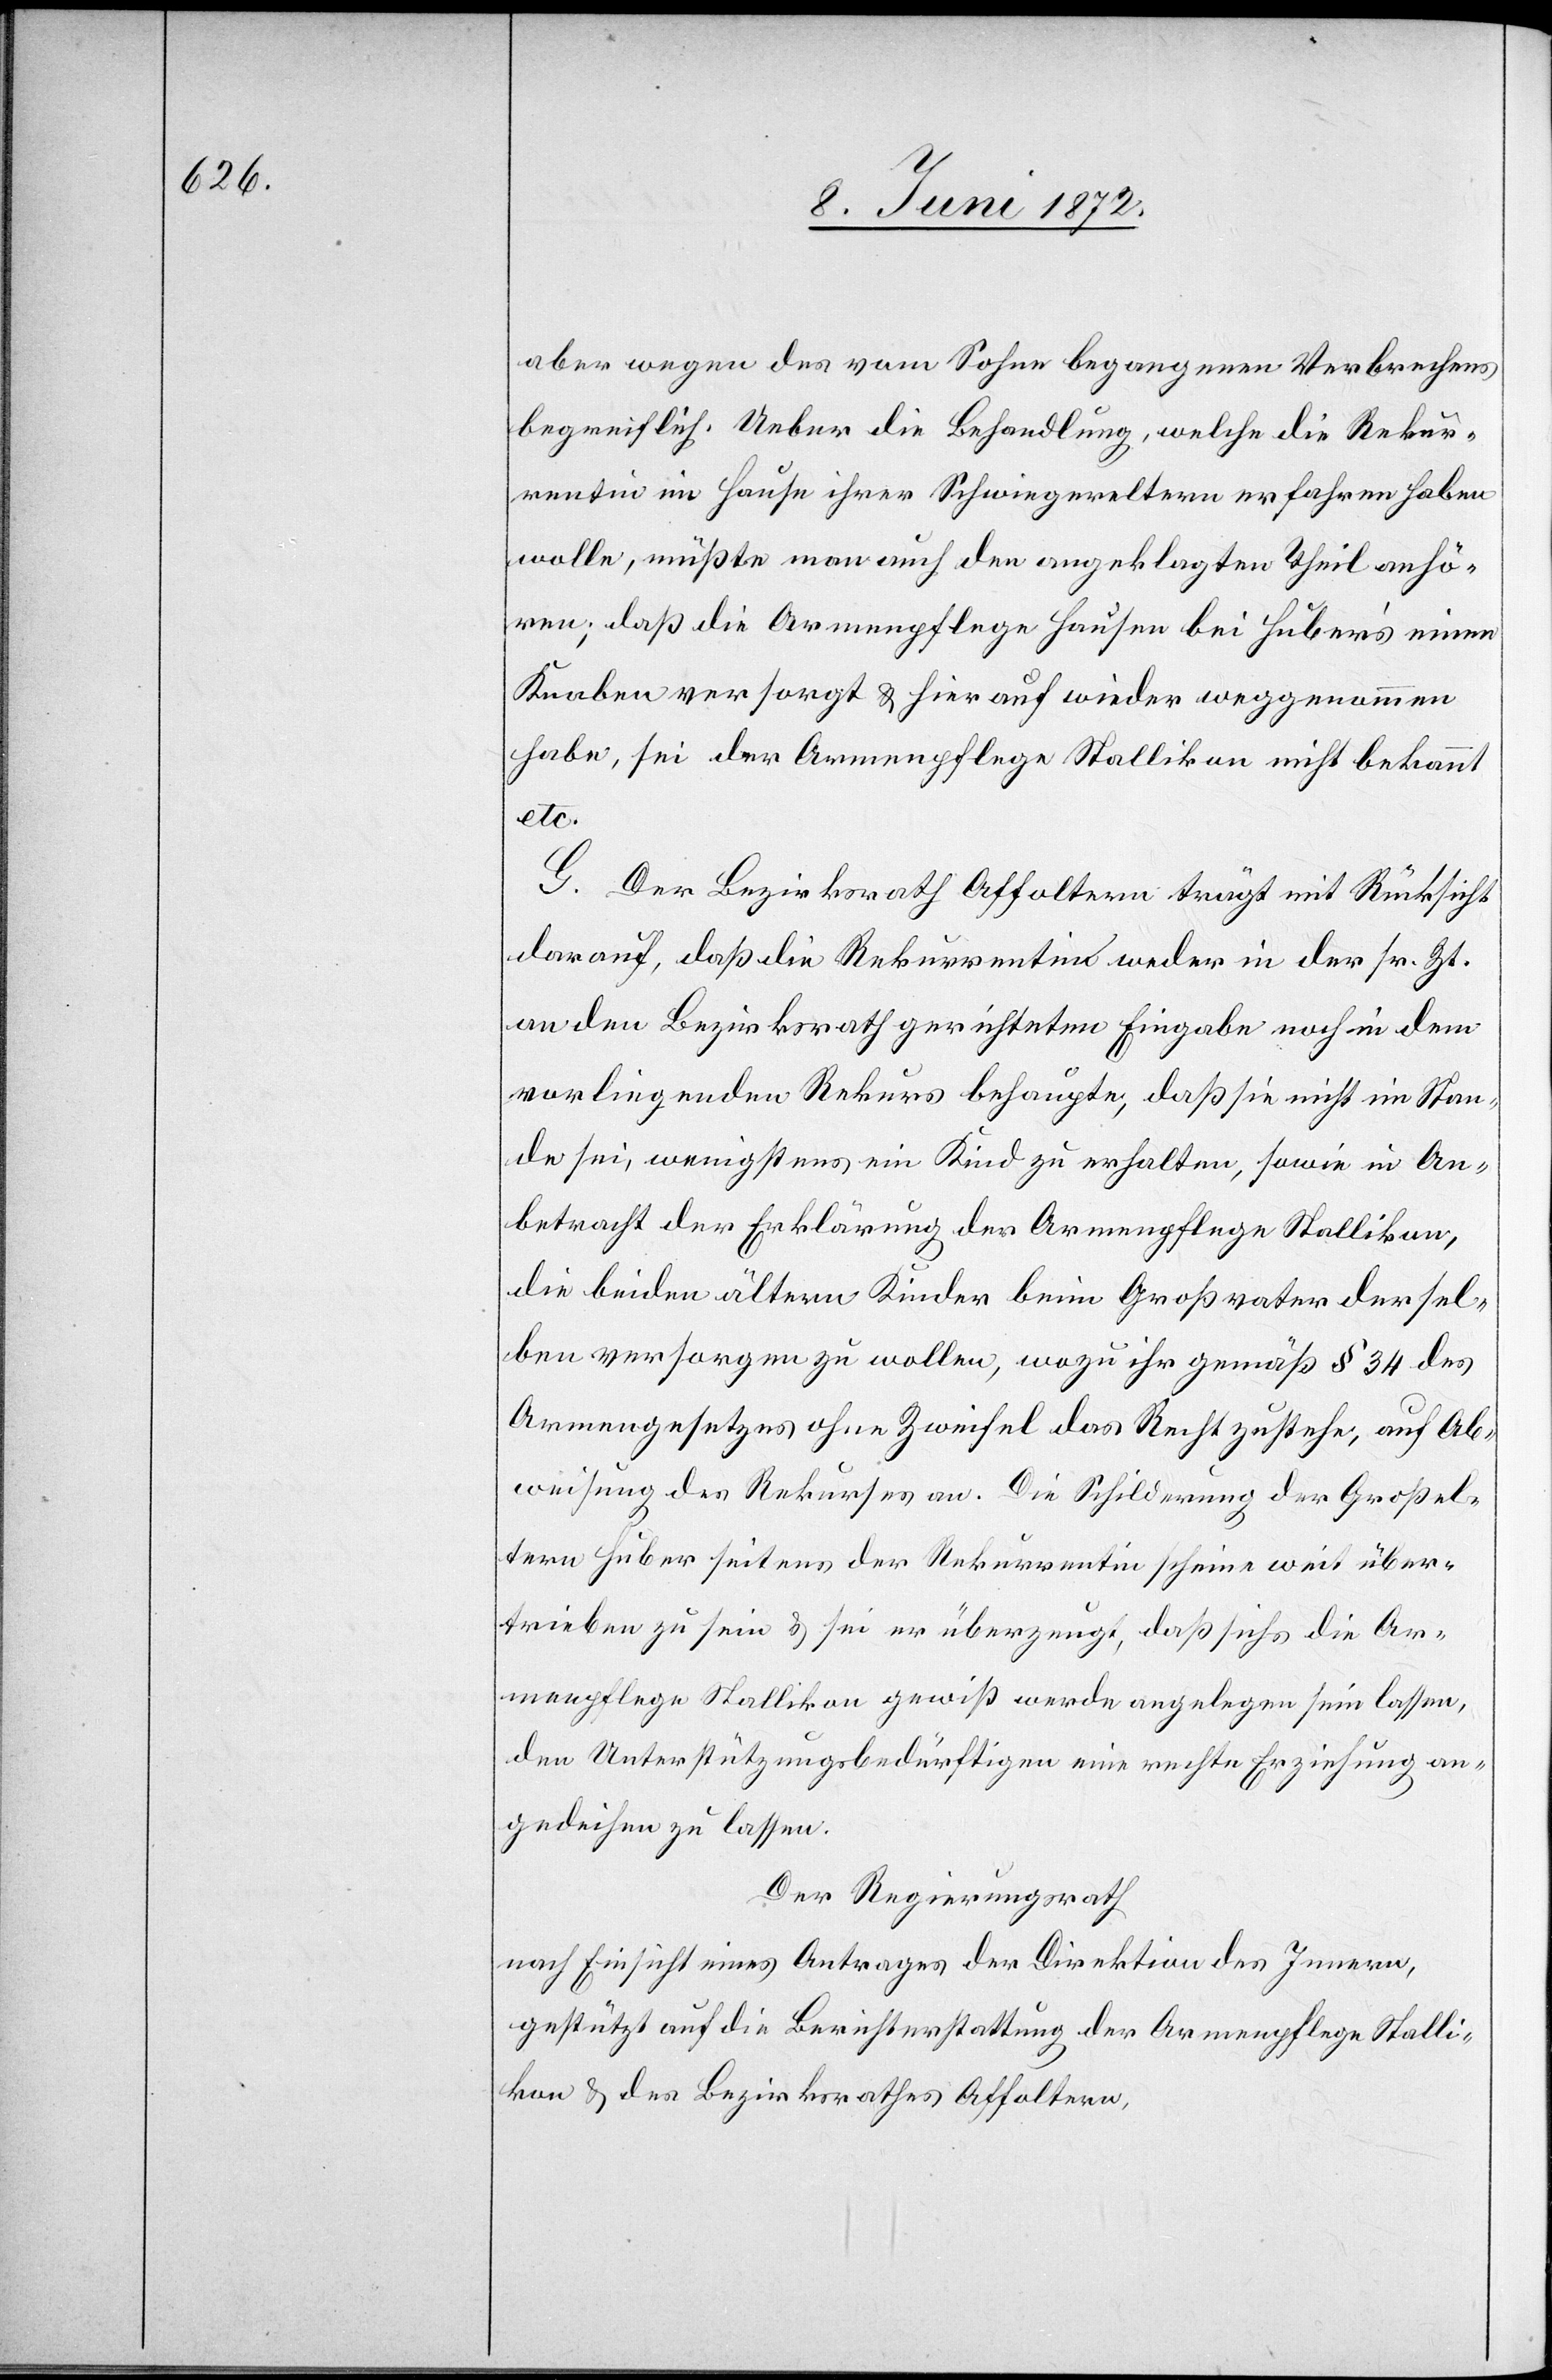
aber wegen des vom Sohne begangenen Verbrechens
begreiflich. Ueber die Behandlung, welche die Rekur¬
rentin im Hause ihrer Schwiegereltern erfahren haben
wolle, müßte man auch den angeklagten Theil anhö¬
ren; daß die Armenpflege Hausen bei Huber’s einen
Knaben versorgt u. hier auf [sic!] wieder weggenommen
habe, sei der Armenpflege Stallikon nicht bekannt
etc.
G. Der Bezirksrath Affoltern trägt mit Rücksicht
darauf, daß die Rekurrentin weder in der sr. Zt.
an den Bezirksrath gerichteten Eingabe noch in dem
vorliegenden Rekurs behaupte, daß sie nicht im Stan¬
de sei, wenigstens ein Kind zu erhalten, sowie in An¬
betracht der Erklärung der Armenpflege Stallikon,
die beiden älteren Kinder beim Großvater dersel¬
ben versorgen zu wollen, wozu ihr gemäß § 34 des
Armengesetzes ohne Zweifel das Recht zustehe, auf Ab¬
weisung des Rekurses an. Die Schilderung der Großel¬
tern Huber seitens der Rekurrentin scheine weit über¬
trieben zu sein u. sei er überzeugt, daß sichs [sic!] die Ar¬
menpflege Stallikon gewiß werde angelegen sein lassen,
den Unterstützungsbedürftigen eine rechte Erziehung an¬
gedeihen zu lassen.
Der Regierungsrath
nach Einsicht eines Antrages der Direktion des Innern,
gestützt auf die Berichterstattung der Armenpflege Stalli¬
kon u. des Bezirksrathes Affoltern